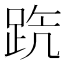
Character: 𨀫